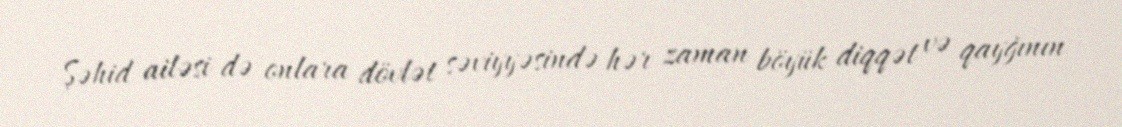
Şəhid ailəsi də onlara dövlət səviyyəsində hər zaman böyük diqqət və qayğının